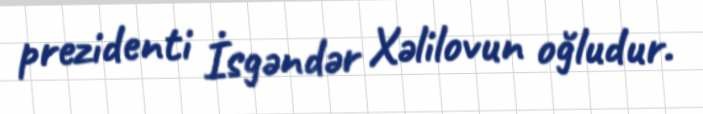
prezidenti İsgəndər Xəlilovun oğludur.